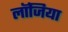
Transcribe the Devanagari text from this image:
लॉजिया